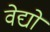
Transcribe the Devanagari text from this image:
वेद्यो